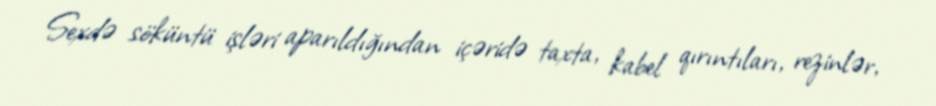
Sexdə söküntü işləri aparıldığından içəridə taxta, kabel qırıntıları, rezinlər,